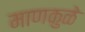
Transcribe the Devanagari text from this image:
माणकुळे